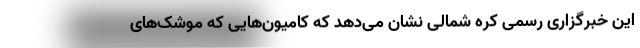
این خبرگزاری رسمی کره شمالی نشان می‌دهد که کامیون‌هایی که موشک‌های